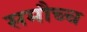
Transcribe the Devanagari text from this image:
समौच्च